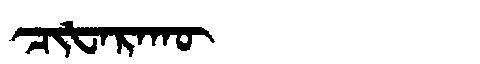
Manchu: ᠴᡳᡶᠠᡵᠠᡴᡡ
Romanization: CIFARAKŪ